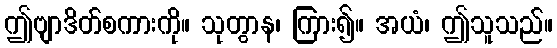
ဤဗျာဒိတ်စကားကို။ သုတွာန၊ ကြား၍။ အယံ၊ ဤသူသည်။